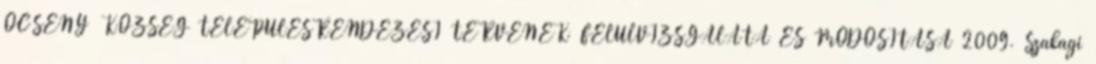
ŐCSÉNY KÖZSÉG TELEPÜLÉSRENDEZÉSI TERVÉNEK FELÜLVIZSGÁLATA ÉS MÓDOSÍTÁSA 2009. Szakági